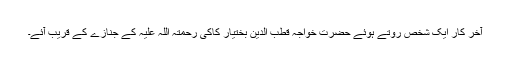
آخر کار ایک شخص روتے ہوئے حضرت خواجہ قطب الدین بختیار کاکی رحمتہ اللہ علیہ کے جنازے کے قریب آئے۔